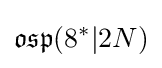
{\mathfrak {osp}}(8^{*}|2N)